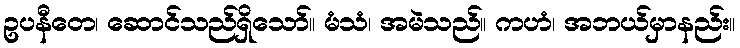
ဥပနီတေ၊ ဆောင်သည်ရှိသော်။ မံသံ၊ အမဲသည်။ ကဟံ၊ အဘယ်မှာနည်း။